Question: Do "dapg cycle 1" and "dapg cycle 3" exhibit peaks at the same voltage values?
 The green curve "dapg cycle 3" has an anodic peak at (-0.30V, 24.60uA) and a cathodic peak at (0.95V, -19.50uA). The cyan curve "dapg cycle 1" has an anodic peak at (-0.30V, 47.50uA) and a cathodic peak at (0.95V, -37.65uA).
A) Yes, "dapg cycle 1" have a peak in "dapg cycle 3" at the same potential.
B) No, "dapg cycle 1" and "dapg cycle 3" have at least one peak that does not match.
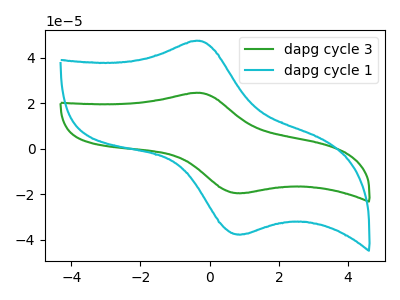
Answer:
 <answer>A) Yes, "dapg cycle 1" have a peak in "dapg cycle 3" at the same potential.</answer>
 <eval>A</eval>